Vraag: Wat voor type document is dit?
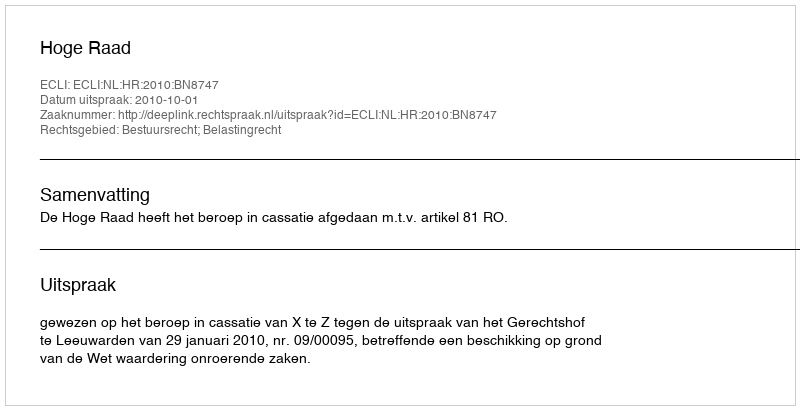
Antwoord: Uitspraak